Lunatic asylums Punjab 1881-1894 - 1881-1894
Year: 1881
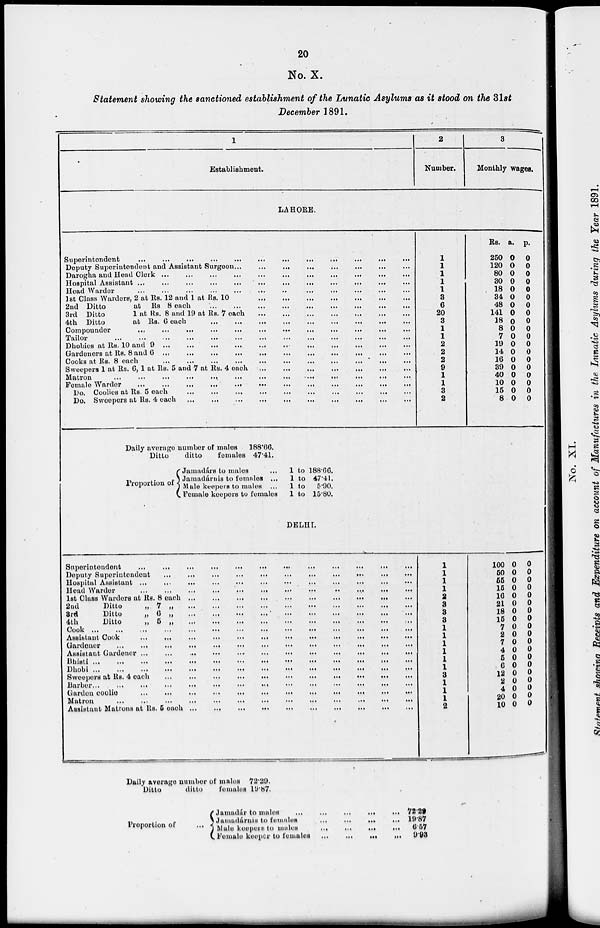
20
No. X.
Statement showing the sanctioned establishment of the Lunatic Asylums as it stood on the 31st
December 1891.
1
Establishment.
2
Number.
3
Monthly wages.
LAHORE.
Superintendent
...
...
...
...
...
...
...
...
...
...
...
...
Deputy Superintendent and Assistant Surgeon...
...
...
...
...
...
...
Darogha and Head Clerk ...
...
...
...
...
...
...
...
...
Hospital Assistant ...
...
...
...
...
...
...
...
...
...
Head Warder
...
...
...
...
...
...
...
...
...
...
1st Class Warders, 2 at Rs. 12 and 1 at Rs. 10
...
...
...
...
...
...
...
2nd Ditto
at Rs 8 each
...
...
...
...
...
...
...
3rd Ditto
1 at Rs. 8 and 19 at Rs. 7 each
...
...
...
...
...
...
...
4th Ditto
at Rs. 6 each
...
...
...
...
...
...
...
Compounder ... ... ... ... ... ... ... ... ...
Tailor
...
...
...
...
...
...
...
...
...
Dhobies at Rs. 10 and 9
...
...
...
...
...
...
...
Gardeners at Rs. 8 and
6
...
...
...
...
...
...
...
Cooks at Rs. 8 each
...
...
...
...
...
...
...
Sweepers 1 at Rs. 6, 1 at Rs. 5 and 7 at Rs. 4 each
...
...
...
...
...
...
Matron
...
...
...
...
...
...
...
...
...
...
...
...
Female Warder
...
...
...
...
...
...
...
...
...
...
...
...
Do. Coolies at Rs. 5 each
...
...
...
...
...
...
...
...
...
...
Do. Sweepers at Rs. 4
each
...
...
...
...
...
...
...
...
...
...
1
1
1
1
1
3
6
20
3
1
1
2
2
2
9
1
1
3
2
Rs.
250
120
80
30
18
34
48
141
18
8
7
19
14
16
39
40
10
15
8
a.
0
0
0
0
0
0
0
0
0
0
0
0
0
0
0
0
0
0
0
p.
0
0
0
0
0
0
0
0
0
0
0
0
0
0
0
0
0
0
0
Daily average number of males
Ditto
ditto
females
188.66.
47.41.
Proportion of
Jamadárs to males ...
Jamadárnis to females ...
Male keepers to males ...
Female keepers to females
1
1
1
1
to
to
to
to
188.66.
47.41.
5.90.
15.80.
DELHI.
Superintendent
...
...
...
...
...
...
...
...
...
...
...
...
Deputy Superintendent
...
...
...
...
...
...
...
...
...
Hospital Assistant ...
...
...
...
...
...
...
...
...
...
...
Head Warder
...
...
...
...
...
...
...
...
1st Class Warders at Rs. 8
each...
...
...
...
...
...
...
2nd
Ditto
„ 7
„
...
...
...
...
...
...
...
3rd
Ditto
„ 6 „
...
...
...
...
...
...
...
4th
Ditto
„
5
„
...
...
...
...
...
...
...
Cook ...
...
...
...
...
...
...
...
...
...
...
...
...
...
Assistant Cook
...
...
...
...
...
...
...
...
...
...
...
...
Gardener
...
...
...
...
...
...
...
...
...
...
...
...
Assistant Gardener
...
...
...
...
...
...
...
...
...
...
...
Bhisti ...
...
...
...
...
...
...
...
...
...
...
...
...
...
Dhobi ...
...
...
...
...
...
...
...
...
...
...
...
...
...
Sweepers at Rs. 4 each ...
...
...
...
...
...
...
...
...
...
...
Barber...
...
...
...
...
...
...
...
...
...
...
...
...
Garden
coolie
...
...
...
...
...
...
...
...
...
...
...
...
Matron
...
...
...
...
...
...
...
...
...
...
...
...
...
Assistant Matrons at Rs. 5
each
...
...
...
...
...
...
...
...
...
...
1
1
1
1
2
8
3
3
1
1
1
1
1
1
1
1
1
1
2
100
50
55
15
16
21
18
15
7
2
7
4
5
6
12
2
4
20 10
0
0
0
0
0
0
0
0
0
0
0
0
0
0
0
0
0
0 0
0
0
0
0
0
0
0
0
0
0
0
0
0
0
0
0
0
0 0
Daily average number of males
Ditto
ditto
females
72.29.
19.87.
Proportion of
...
Jamadár to males
...
...
...
...
...
Jamadárnis to females
...
...
...
...
Male keepers to males
...
...
...
...
Female keeper to females
...
...
...
...
72.29
19.87
6.57
9.93